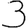
Digit: 3